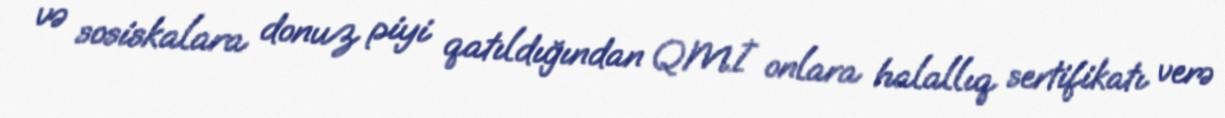
və sosiskalara donuz piyi qatıldığından QMİ onlara halallıq sertifikatı verə